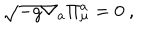
LaTeX: \sqrt { - g } \nabla _ { a } \Pi _ { \mu } ^ { a } = 0 \ ,